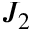
J _ { 2 }